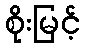
စိုးမြင့်